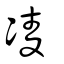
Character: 凌